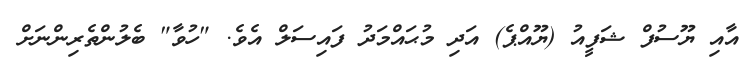
އާއި ޔޫސުފް ޝަފީއު (ޔޫއްޕެ) އަދި މުޙައްމަދު ފައިސަލް އެވެ. "ހުވާ" ބެލުންތެރިންނަށް